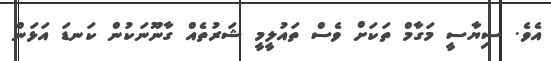
އެވެ. ސިޔާސީ މަގާމް ތަކަށް ވެސް ތައުލީމީ ޝަރުތެއް ގާނޫނަކުން ކަނޑަ އަޅަން